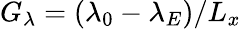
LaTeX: G_{\lambda}=(\lambda_{0}-\lambda_{E})/L_{x}